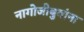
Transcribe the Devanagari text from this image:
नागोजीबुवांना